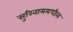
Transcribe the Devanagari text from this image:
सुरिनाममधील